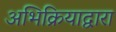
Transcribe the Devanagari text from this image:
अभिक्रियाद्वारा